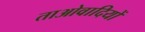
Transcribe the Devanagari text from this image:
ताओवादियों